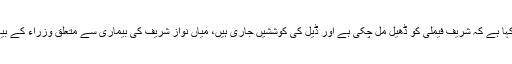
کا جواب دیتے ہوئے تجزیہ کاروں نے کہا ہے کہ شریف فیملی کو ڈھیل مل چکی ہے اور ڈیل کی کوششیں جاری ہیں، میاں نواز شریف کی بیماری سے متعلق وزراء کے بیانات سے ان کی کسمپرسی نظر آتی ہے۔